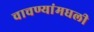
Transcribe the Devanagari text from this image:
चाचण्यांमधली